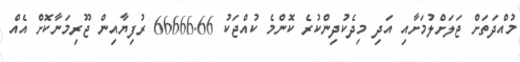
މުއްދަތަށް ޖަލަށްލުމަށާއި އަދި މިދެކުދިންކުރެ ކޮންމެ ކުއްޖަކު 66666.66 ރުފިޔާއިން ޖޫރިމަނާކޮށް އެއް